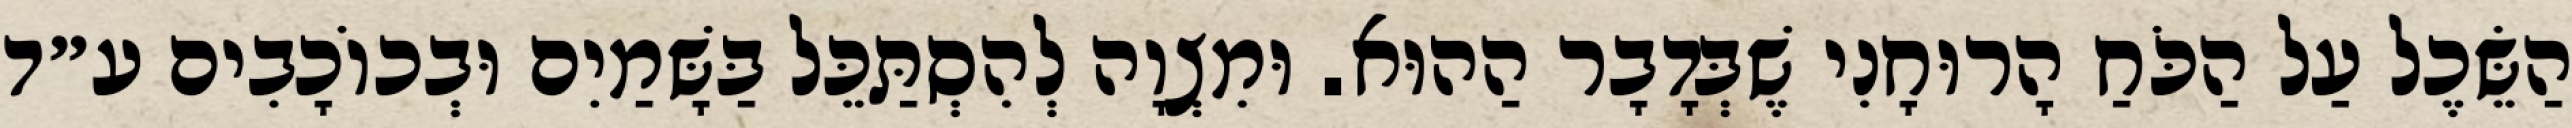
הַשֵּׂכֶל עַל הַכֹּחַ הָרוּחָנִי שֶׁבְּדָבָר הַהוּא. וּמִצְוָה לְהִסְתַּכֵּל בַּשָּׁמַיִם וּבְכוֹכָבִים ע״ד